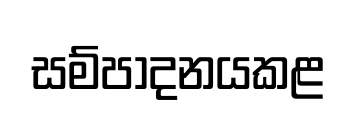
සම්පාදනයකළ